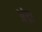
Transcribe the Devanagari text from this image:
अंड़ा